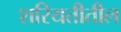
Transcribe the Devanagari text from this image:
शरियतीतील